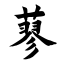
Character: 蓼